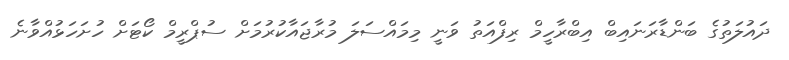
ދައުލަތުގެ ބަންޑާރަނައިބް އިބްރާހީމް ރިފްއަތު ވަނީ މިމައްސަލަ މުރާޖައާކުރުމަށް ސުޕްރީމް ކޯޓަށް ހުށަހަަޅުއްވާނެ